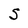
Character: S